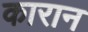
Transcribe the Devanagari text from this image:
कारान